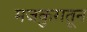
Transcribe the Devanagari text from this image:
मजकुरातून